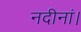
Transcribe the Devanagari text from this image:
नदीनां।